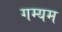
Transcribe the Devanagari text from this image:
गम्यम